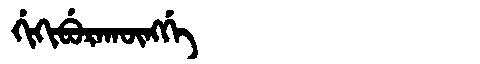
Manchu: ᡤᡳᡴᡳᠪᡠᡵᠠᡴᡡᠩᡤᡝ
Romanization: GIKIBURAKŪNGGE